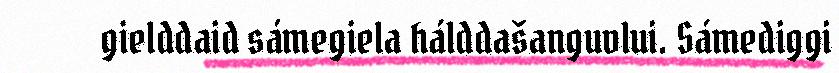
gielddaid sámegiela hálddašanguvlui. Sámediggi